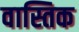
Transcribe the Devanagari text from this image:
वास्तिक